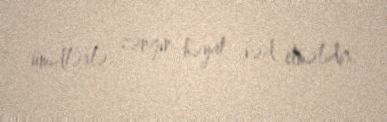
ümidlərlə zəngin həyat vəd etməlidir.